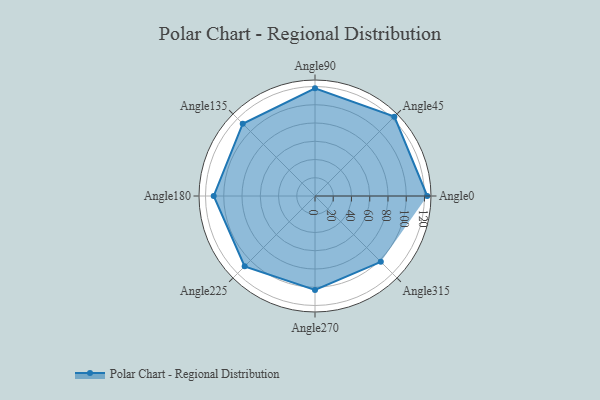
{"axis": {"x": "Angle", "y": "Radius"}, "legend": [""], "data": [{"x": "Angle0", "y": 123.0, "type": ""}, {"x": "Angle45", "y": 123.0, "type": ""}, {"x": "Angle90", "y": 118.0, "type": ""}, {"x": "Angle135", "y": 112.0, "type": ""}, {"x": "Angle180", "y": 111.0, "type": ""}, {"x": "Angle225", "y": 109.0, "type": ""}, {"x": "Angle270", "y": 103.0, "type": ""}, {"x": "Angle315", "y": 102.0, "type": ""}]}